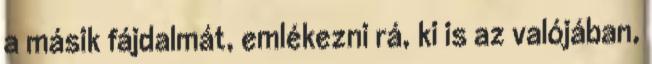
a másik fájdalmát, emlékezni rá, ki is az valójában,